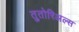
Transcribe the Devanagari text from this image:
तुतोरिअल्स